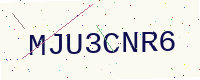
Text: MJU3CNR6